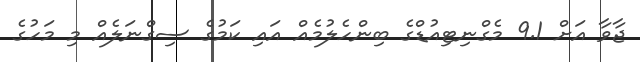
ޖާވާ އަށް 9.1 މެގްނިޓިއުޑްގެ ބިންހެލުމެއް އައި ކަމުގެ ސިގްނަލެއް މި މަހުގެ